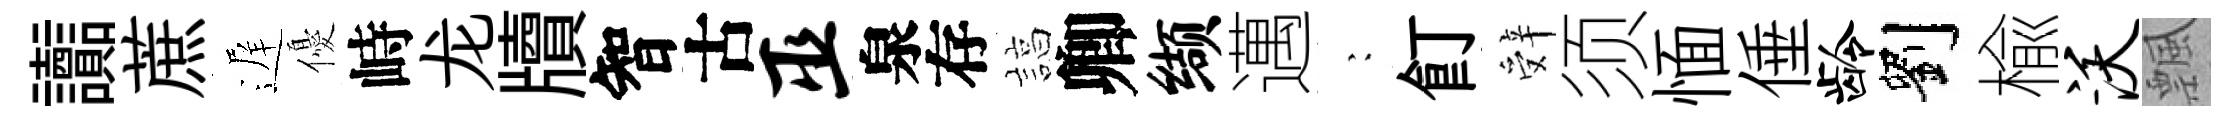
讟蔗遅優峙龙牘智古巫泉存諄卿缬邁巍飣辤须愐倕龄劉楡沃飄